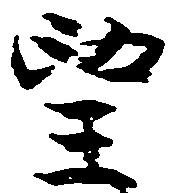
望